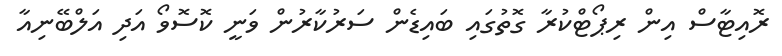
ރޮއިޓާސް އިން ރިޕޯޓްކުރާ ގޮތުގައި ބައިޑެން ސަރުކާރުން ވަނީ ކޮސޮވޯ އަދި އަލްބޭނިއާ